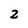
Character: 2